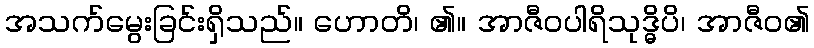
အသက်မွေးခြင်းရှိသည်။ ဟောတိ၊ ၏။ အာဇီဝပါရိသုဒ္ဓိပိ၊ အာဇီဝ၏